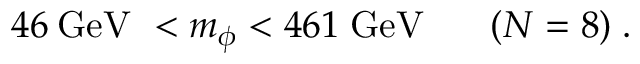
4 6 \: \mathrm { G e V ~ } < m _ { \phi } < 4 6 1 \; \mathrm { G e V } \: \: \: \: \: \: \: \: ( N = 8 ) \; .